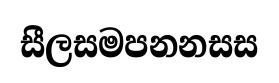
සීලසමපනනසස